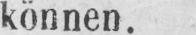
können.